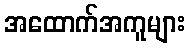
အထောက်အကူများ